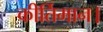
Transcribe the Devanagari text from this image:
कीर्तिमान।